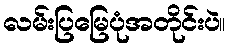
လမ်းပြမြေပုံအတိုင်းပဲ။